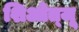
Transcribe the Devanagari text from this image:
शिओत्जू